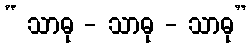
“ သာဓု - သာဓု - သာဓု”